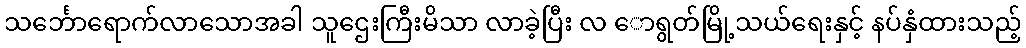
သင်္ဘောရောက်လာသောအခါ သူဌေးကြီးမိသာ လာခဲ့ပြီး လ ောရွတ်မြို့သယ်ရေးနှင့် နပ်နှံထားသည့်